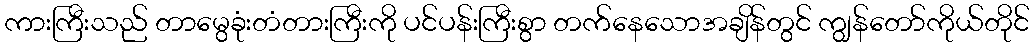
ကားကြီးသည် တာမွေခုံးတံတားကြီးကို ပင်ပန်းကြီးစွာ တက်နေသောအချိန်တွင် ကျွန်တော်ကိုယ်တိုင်